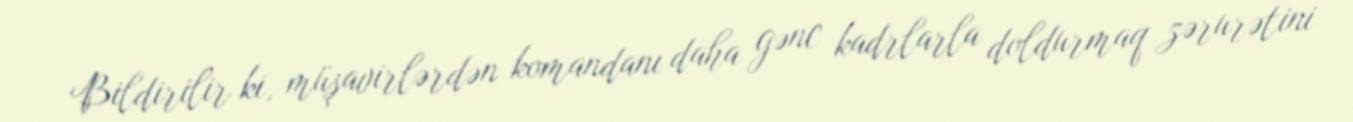
Bildirilir ki, müşavirlərdən komandanı daha gənc kadrlarla doldurmaq zərurətini